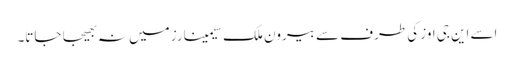
اسے این جی اوز کی طرف سے بیرون ملک سیمینارز میں نہ بھیجا جاتا۔